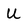
Character: U